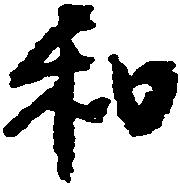
和